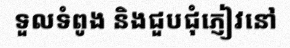
ទួលទំពូង និងជួបជុំភ្ញៀវនៅ